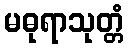
မဓုရာသုတ္တံ